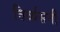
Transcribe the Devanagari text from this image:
विर्व्यसनी